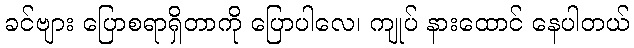
ခင်ဗျား ပြောစရာရှိတာကို ပြောပါလေ၊ ကျုပ် နားထောင် နေပါတယ်